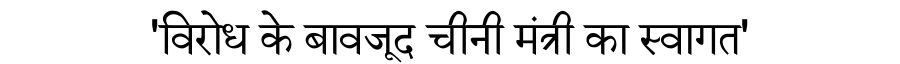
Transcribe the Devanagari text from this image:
'विरोध के बावजूद चीनी मंत्री का स्वागत'